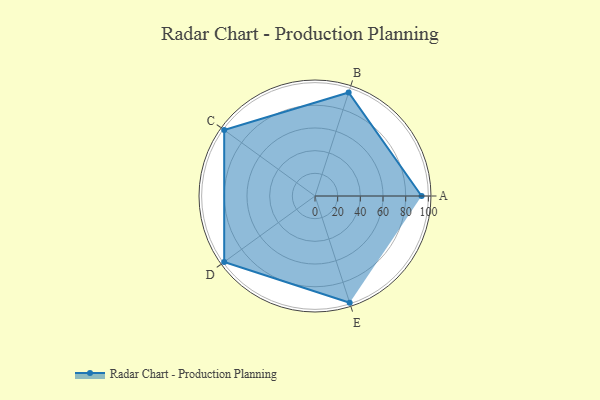
{"axis": {"x": "Skill", "y": "Score"}, "legend": ["Profile"], "data": [{"x": "A", "y": 94.0, "type": "Profile"}, {"x": "B", "y": 96.0, "type": "Profile"}, {"x": "C", "y": 99, "type": "Profile"}, {"x": "D", "y": 99, "type": "Profile"}, {"x": "E", "y": 99, "type": "Profile"}]}